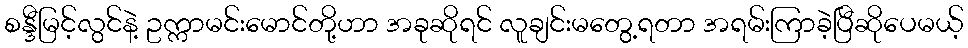
စန္ဒီမြင့်လွင်နဲ့ ဥက္ကာမင်းမောင်တို့ဟာ အခုဆိုရင် လူချင်းမတွေ့ရတာ အရမ်းကြာခဲ့ပြီဆိုပေမယ့်